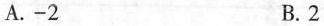
A.－2 B.2